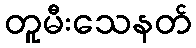
တူမီးသေနတ်